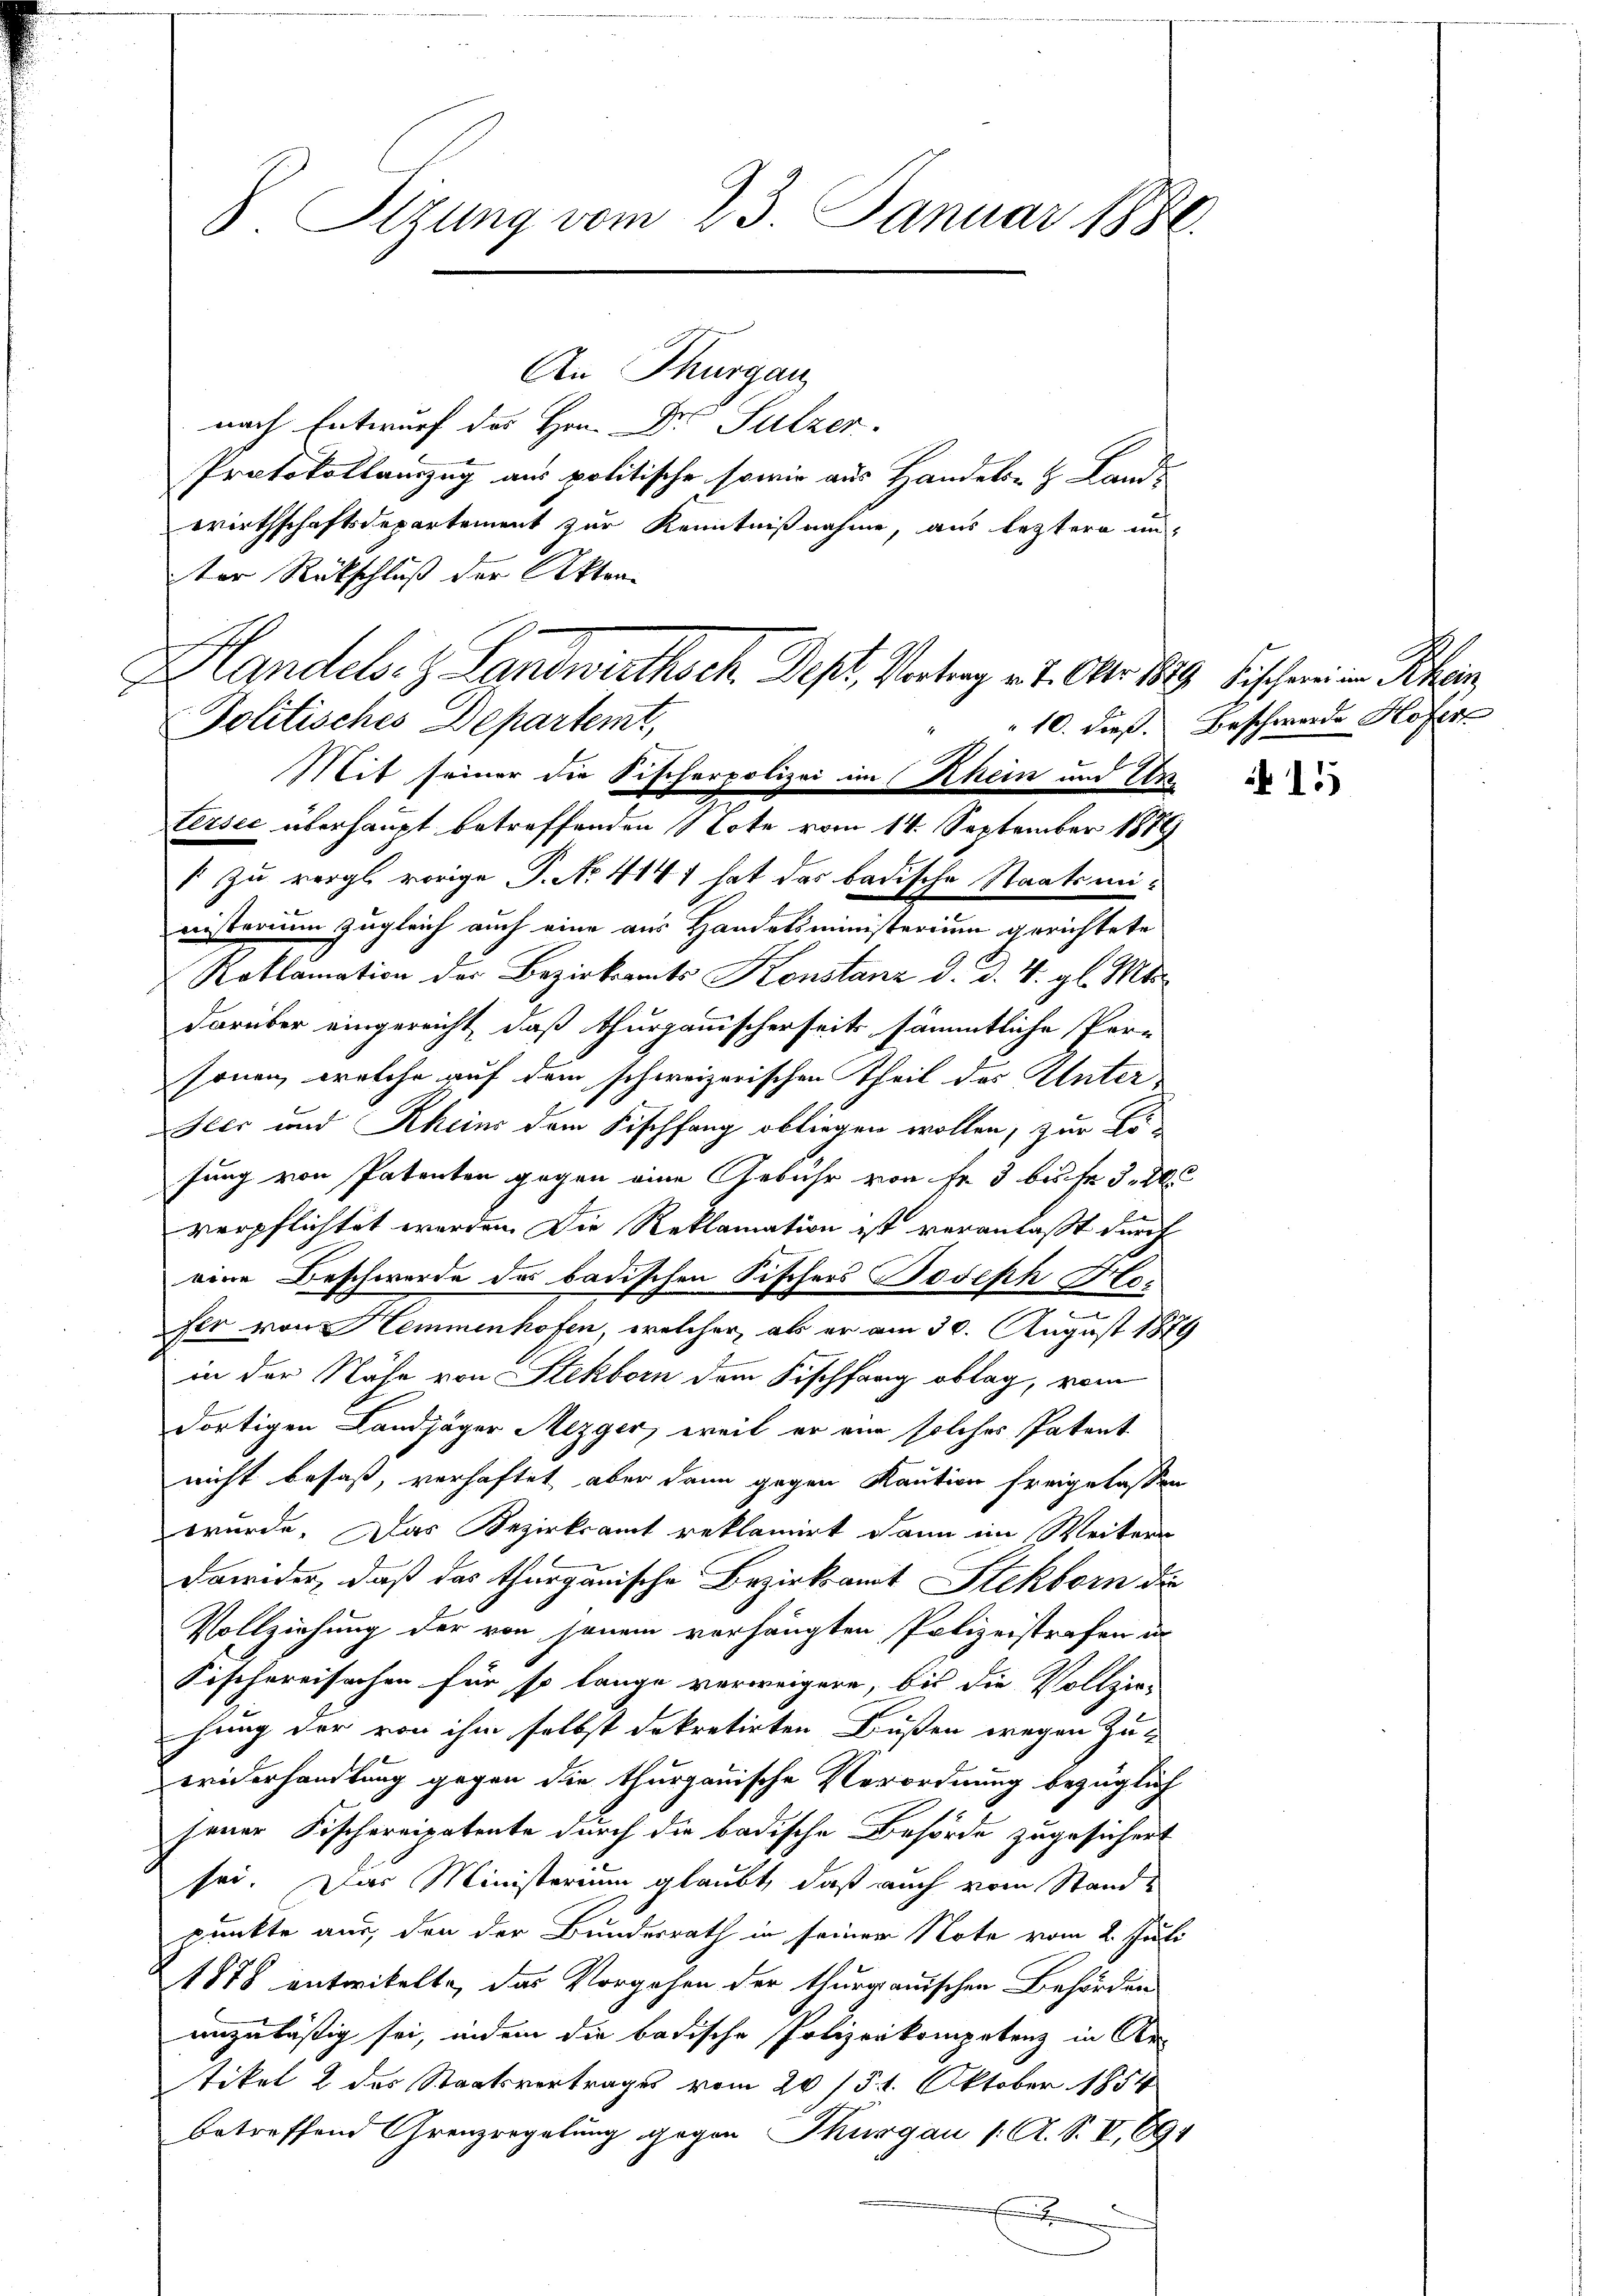
S. Tizung vom 23. Januar 1880.

nach Entwurf des Hrn. Dr Sulzer.
Protokollauszug aus politische sowie aus Handels- & Land-
wirthschaftsdepartement zur Kenntnißnahme, aus leztere un-
ter Rückschluß der Akten

Handels- & Landwirthsch. Dest. Vertrag v. 1. Aber 1889 bischen in Schein

An Thurgau

Politisches Departemt,
Mit seiner die Fischerpolizei im Rhein und Untersee überhaupt betreffenden Note vom 14. September 1889
“ zu vergl. vorige P. No. 414 1 hat das badische Staatsministerium zugleich auch eine aus Handelsministerium gerichtete
Roklamation der Bezirksamts Konstanz d. d. 4. gl. Mts.
darüber eingereicht, daß thurgauischerseits sämmtliche Per-
sonen, welche auf dem schweizerischen Theil des Unter-
Heer und Rheins dem Fischfang obliegen wollen, zur Lö-
sung von Patenten gegen eine Gebühr von Fr. 3 bis Fr. 5. d
verpflichtet werden. Die Reklamation ist veranlaßt durch
eine Beschwerde des badischen Fischers Joseph Ho¬
7
fer von Hemmenhofen, welcher, als er am 30. August 1879
in der Nähe von Stekborn dem Fischfang oblag, vom
dortigen Landjäger Mezger, weil er ein solches Patent
nicht besaß, verhaftet aber dann gegen Kaution freigelassen
wurde. Das Bezirksamt reklamirt dann im Weitere
Dawider, daß das thurgauische Bezirksamt Stekborn die
Vollziehung der von jenem vorhängten Polizeistrafen un
Kischereisachen für so lange verweigern, bis die Vollzie-
hung der von ihm selbst dekretirten Bußen wegen Zu-
widerhandlung gegen die thurgauische Verordnung bezüglich
jener Fischereipatente durch die badische Behörde zugesichert
sei. Das Ministerium glaubt, daß auch vom Stand
punkte aus, den der Bundesrath in seiner Note vom 2. Juli
1878 entwikelte, das Vorgehen der thurgauischen Behörden
unzuläßig sei, indem die badische Polizeikompetenz in Re-
tikel 2 des Staatsvertrages vom 20 / 31. Oktober 1854
betreffend Grenzregelung gegen Thurgau (: A. S. VI, 891
x

" " 10. dieß. Beschwerde Hofer

155